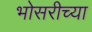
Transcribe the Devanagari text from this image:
भोसरीच्या